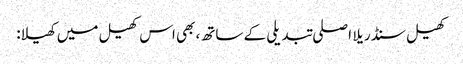
کھیل سنڈریلا اصلی تبدیلی کے ساتھ، بھی اس کھیل میں کھیلا: